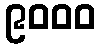
၉၀၀၀